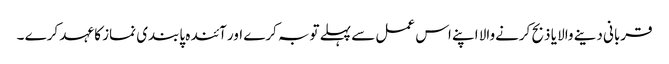
قربانی دینے والا یا ذبح کرنےوالا اپنے اس عمل سے پہلے توبہ کرے اور آئندہ پابندی نماز کا عہد کرے ۔